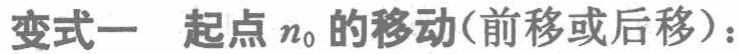
变式一 起点 \(n_0\) 的移动(前移或后移)：